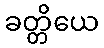
ခတ္တိယေ